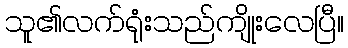
သူ၏လက်ရုံးသည်ကျိုးလေပြီ။